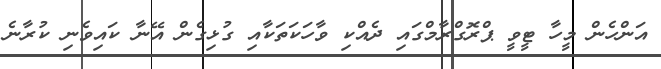
އަންހެން މީހާ ޓީވީ ޕްރޮގްރާމްގައި ދެއްކި ވާހަކަތަކާއި ގުޅިގެން އޭނާ ކައިވެނި ކުރާނެ